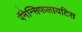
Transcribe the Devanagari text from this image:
पॅनेन्सिफलायटिस